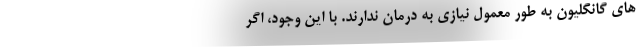
های گانگلیون به طور معمول نیازی به درمان ندارند. با این وجود، اگر